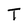
Character: T